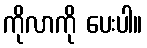
ကိုလာကို ပေးပါ။